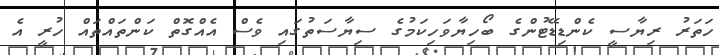
ހަތަރު ރިޔާސީ ކެންޑިޑޭޓުންގެ ބޯހިޔާވަހިކަމުގެ ސިޔާސަތުގައި ވެސް އެއްގޮތް ކަންތައްތައް ހުރީ އެ